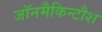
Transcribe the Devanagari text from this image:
जॉनमैकिन्टौश